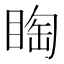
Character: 𱳀